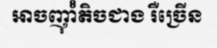
អាចញុាំំតិចជាង រឺច្រើន